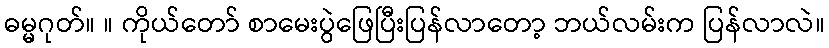
ဓမ္မဂုတ်။ ။ ကိုယ်တော် စာမေးပွဲဖြေပြီးပြန်လာတော့ ဘယ်လမ်းက ပြန်လာလဲ။